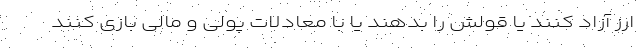
ارز آزاد کنند یا قولش را بدهند یا با معادلات پولی و مالی بازی کنند